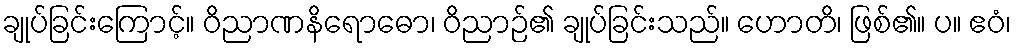
ချုပ်ခြင်းကြောင့်။ ဝိညာဏနိရောဓော၊ ဝိညာဉ်၏ ချုပ်ခြင်းသည်။ ဟောတိ၊ ဖြစ်၏။ ပ။ ဧဝံ၊